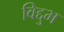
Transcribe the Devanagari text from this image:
विद्दुभ